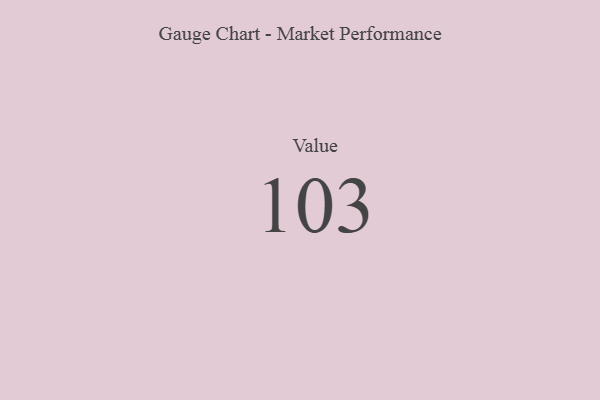
{"axis": {"x": "Metric", "y": "Value"}, "legend": [""], "data": [{"x": "Value", "y": 103, "type": ""}]}